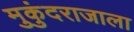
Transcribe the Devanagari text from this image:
मुकुंदराजाला